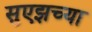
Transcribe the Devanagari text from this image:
सुएझच्या